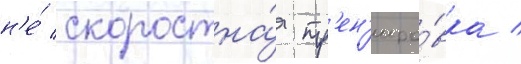
н'е́ скоростна́я тр'ен'иро́вка /